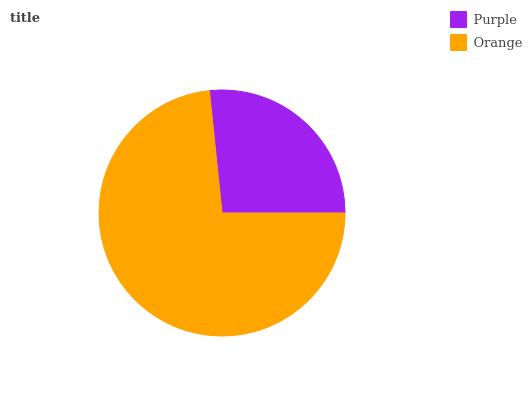
| Purple | Orange |
 | --- | --- |
 | 26.6% | 73.4% |